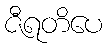
ဇီရတိပေ